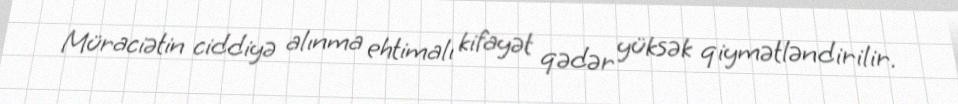
Müraciətin ciddiyə alınma ehtimalı kifayət qədər yüksək qiymətləndirilir.